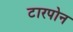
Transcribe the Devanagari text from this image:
टारपोन